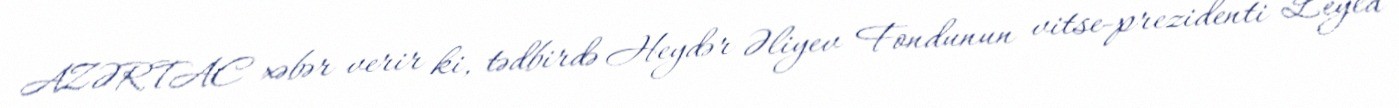
AZƏRTAC xəbər verir ki, tədbirdə Heydər Əliyev Fondunun vitse-prezidenti Leyla